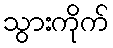
သွားကိုက်